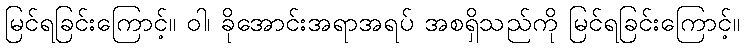
မြင်ရခြင်းကြောင့်။ ဝါ၊ ခိုအောင်းအရာအရပ် အစရှိသည်ကို မြင်ရခြင်းကြောင့်။